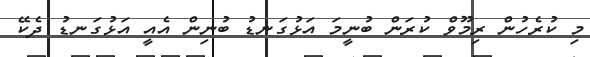
މި ކުރެހުން ރިމޫވް ކުރަން ބުނީމަ އަޅުގަނޑު ބުނިން އެއީ އަޅުގަނޑު ދެކޭ